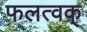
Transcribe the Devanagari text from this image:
फलत्वक्